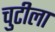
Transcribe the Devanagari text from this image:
चुटीला